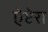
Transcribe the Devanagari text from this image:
ऐप्टेरा